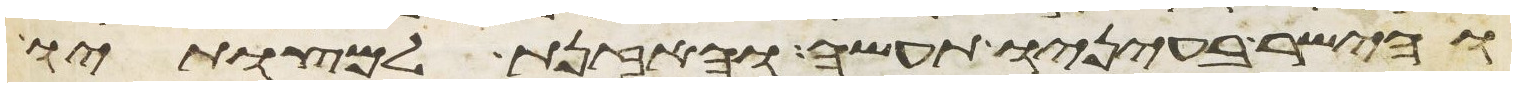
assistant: והישר בעיניו תעשה והאזנת למצותיו